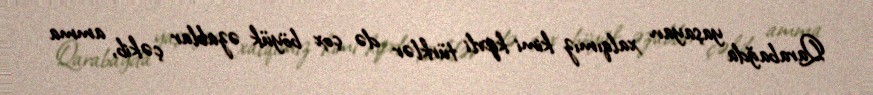
Qarabağda yaşayan xalqımız kimi kiprli türklər də çox böyük əzablar çəkib, amma